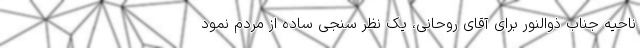
ناحیه جناب ذوالنور برای آقای روحانی، یک نظر سنجی ساده از مردم نمود